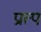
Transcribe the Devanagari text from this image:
प्रात्प